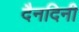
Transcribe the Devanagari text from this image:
दैनदिनी